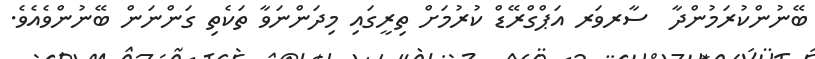
ބޭނުންކުރަމުންދާ  ސާރވަރ އަޕްގްރޭޑް ކުރުމަށް ތިރީގައި މިދަންނަވާ ތަކެތި ގަންނަން ބޭނުންވެއެވެ.